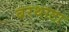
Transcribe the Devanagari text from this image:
बरथाटा